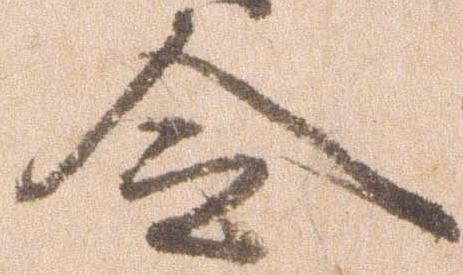
令